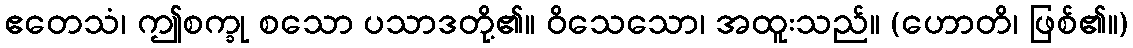
ဧတေသံ၊ ဤစက္ခု စသော ပသာဒတို့၏။ ဝိသေသော၊ အထူးသည်။ (ဟောတိ၊ ဖြစ်၏။)